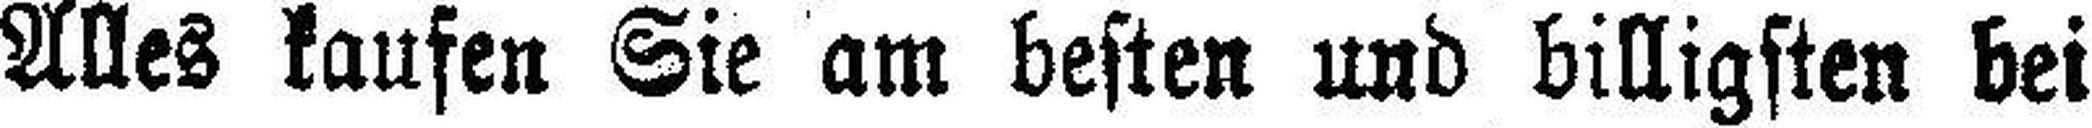
Alles kaufen Sie am besten und billigsten bei